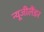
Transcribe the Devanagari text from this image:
न्यूजीलैंडर